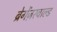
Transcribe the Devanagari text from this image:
ब्रेगेंज़रवाल्ड